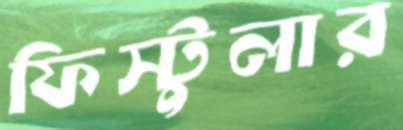
ফিস্টুলার